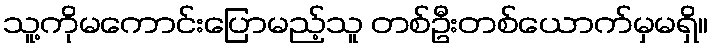
သူ့ကိုမကောင်းပြောမည့်သူ တစ်ဦးတစ်ယောက်မှမရှိ။